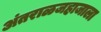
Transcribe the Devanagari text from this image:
अंतराळजहाजाला